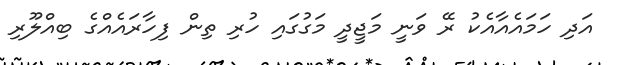
އަދި ހަމައެއާއެކު ރޭ ވަނީ މަޖީދީ މަގުގައި ހުރި ތިން ފިހާރައެއްގެ ބިއްލޫރި